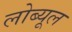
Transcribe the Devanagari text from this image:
लोब्यूल